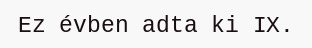
Ez évben adta ki IX.